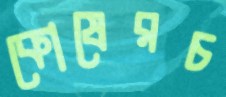
কোষেরচ